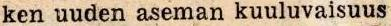
ken uuden aseman kuuluvaisuus